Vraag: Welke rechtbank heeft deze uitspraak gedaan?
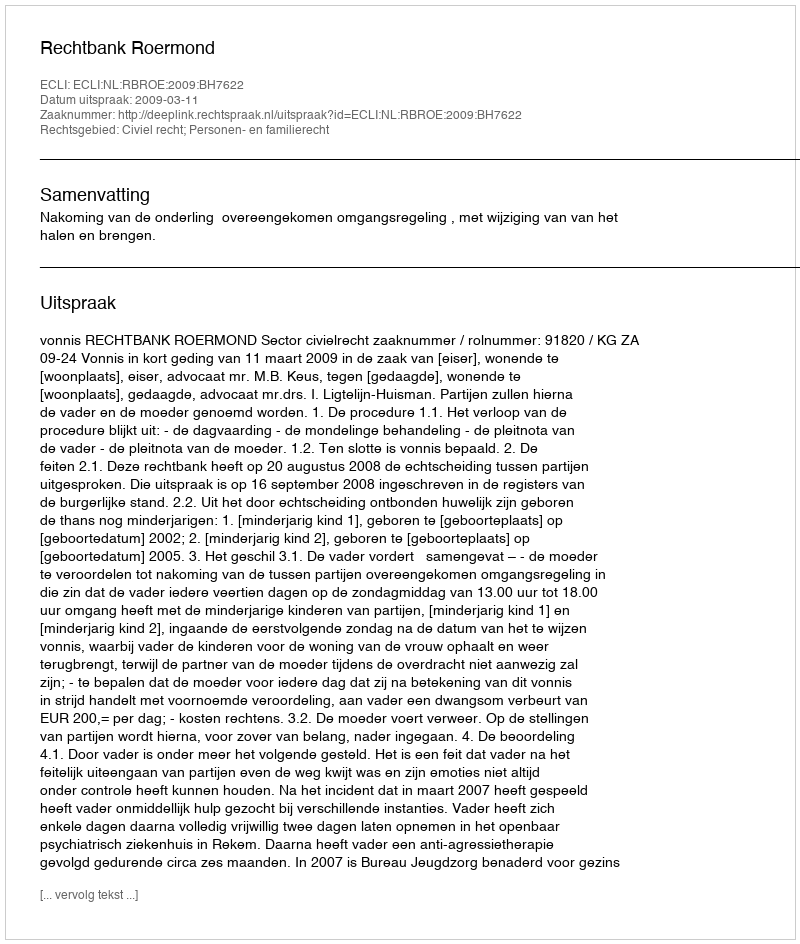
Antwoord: Rechtbank Roermond